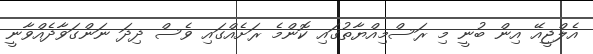
އެލްޖީއޭ އިން ބުނީ މި ރަސްމިއްޔާތުގައި ކޮންމެ ރަށެއްގައި ވެސް ދިދަ ނަންގަވާދެއްވާނީ